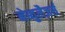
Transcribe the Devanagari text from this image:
नेब्युलैज़र्स